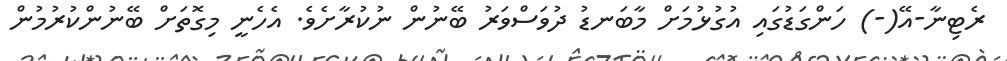
ރެޓިނާ-އޭ(-) ހަންގަޑުގައި އުގުޅުމަށް މާބަނޑު ދުވަސްވަރު ބޭނުން ނުކުރާށެވެ. އެހެނީ މިގޮތަށް ބޭނުންކުރުމުން